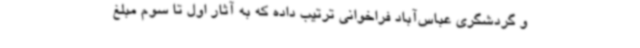
و گردشگری عباس‌آباد فراخوانی ترتیب داده که به آثار اول تا سوم مبلغ